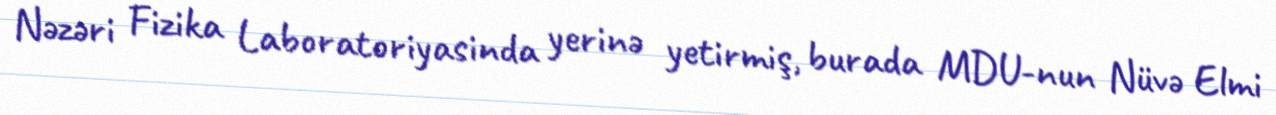
Nəzəri Fizika Laboratoriyasinda yerinə yetirmiş, burada MDU-nun Nüvə Elmi